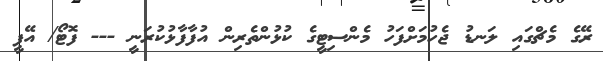
ރޭގެ މެޗްގައި ލަނޑު ޖެހުމަށްފަހު މެންސިޓީގެ ކުޅުންތެރިން އުފާފާޅުކުރަނީ --- ފޮޓޯ/ އޭޕީ